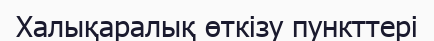
Халықаралық өткізу пункттері